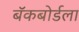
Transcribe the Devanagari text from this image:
बॅकबोर्डला